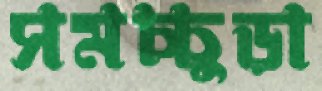
সমচ্চুড়া